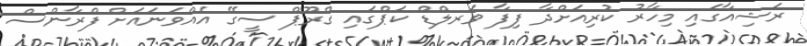
ރަޝިއާގައި މިހާރު ކުރިއަށްދާ ފިފާ ވަރލްޑް ކަޕްގައި ގްރޫޕް ސީގޭ އެއްވަނައަށް ފްރާންސް